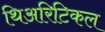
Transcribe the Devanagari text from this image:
थिअरिटिकल